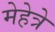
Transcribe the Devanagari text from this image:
मेहेत्रे